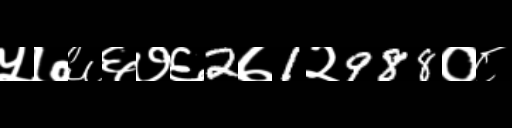
Text: ५७६६७६2७1२988०८